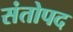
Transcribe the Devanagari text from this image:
संतोपद